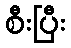
စီးပြီး